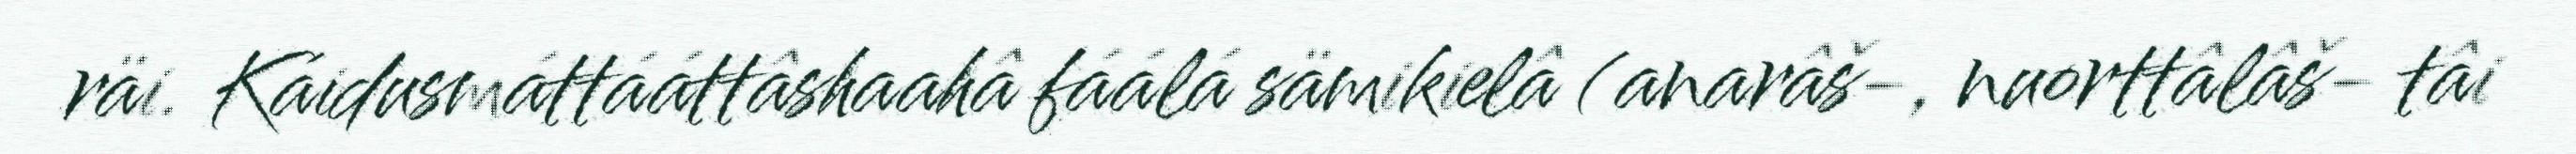
räi. Káidusmáttááttâshaahâ fáálá sämikielâ (anarâš-, nuorttâlâš- tâi